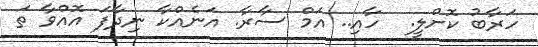
ހަރާބު ކޮށްލީ.  ހާއި.. އަމް ސާރާ. އަނެއްކާ ނިދާފަ އޮއްވާ ތަ